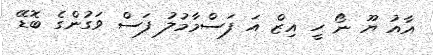
އާއު ޔޫ ނޯ ހީ އިޒް އަ ފަސްމާމުލު ފަސް ވަގުންގެ ބޮޑޭ